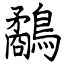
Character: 鷸